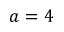
a = 4